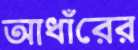
আধাঁরের